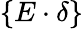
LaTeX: \{ E\cdot\delta\}